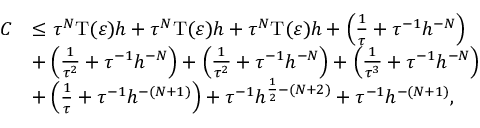
\begin{array} { r l } { C } & { \le { { \tau ^ { N } } } \mathrm T ( \varepsilon ) h + { { \tau ^ { N } } } \mathrm T ( \varepsilon ) h + { { \tau ^ { N } } } \mathrm T ( \varepsilon ) h + \left( { \frac { 1 } { { \tau } } } + { \tau ^ { - 1 } } { h ^ { - N } } \right) } \\ & { + \left( { \frac { 1 } { { \tau ^ { 2 } } } } + { \tau ^ { - 1 } } { h ^ { - N } } \right) + \left( { \frac { 1 } { { \tau ^ { 2 } } } } + { \tau ^ { - 1 } } { h ^ { - N } } \right) + \left( { \frac { 1 } { { \tau ^ { 3 } } } } + { \tau ^ { - 1 } } { h ^ { - N } } \right) } \\ & { + \left( { \frac { 1 } { { \tau } } } + { \tau ^ { - 1 } } { h ^ { - ( N + 1 ) } } \right) + { \tau ^ { - 1 } } { h ^ { { \frac { 1 } { 2 } } - ( N + 2 ) } } + { \tau ^ { - 1 } } { h ^ { - ( N + 1 ) } } , } \end{array}